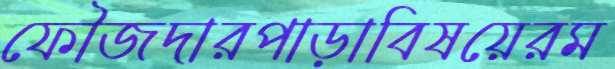
ফৌজদারপাড়াবিষয়েরম